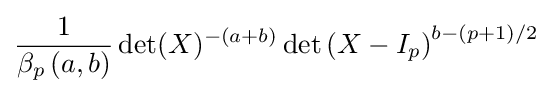
{\frac {1}{\beta _{p}\left(a,b\right)}}\det(X)^{-(a+b)}\det \left(X-I_{p}\right)^{b-(p+1)/2}